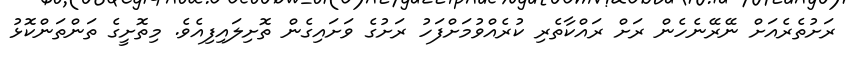
ރަށުތެރެއަށް ނޭރޭނެހެން ރަށް ރައްކާތެރި ކުރެއްވުމަށްފަހު ރަށުގެ ވަށައިގެން ތޮށިލައިފިއެވެ. މިތޮށީގެ ތަންތަންކޮޅު